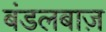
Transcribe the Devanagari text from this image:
बंडलबाज़